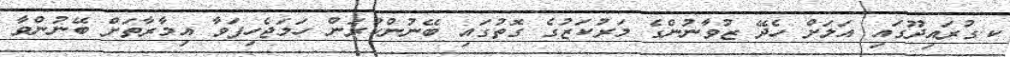
ކ.ގުރައިދޫގައި އަލަށް ހެދޭ ޒުވާނުންގެ މަރުކަޒުގެ ގޮތުގައި ބޭނުންކުރަން ހަމަޖެހިފަވާ އިމާރާތަށް ބޭނުންވާ